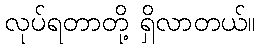
လုပ်ရတာတို့ ရှိလာတယ်။